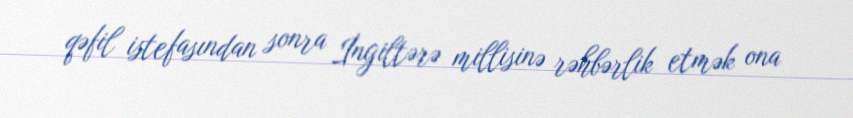
qəfil istefasından sonra İngiltərə millisinə rəhbərlik etmək ona